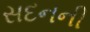
સદનની